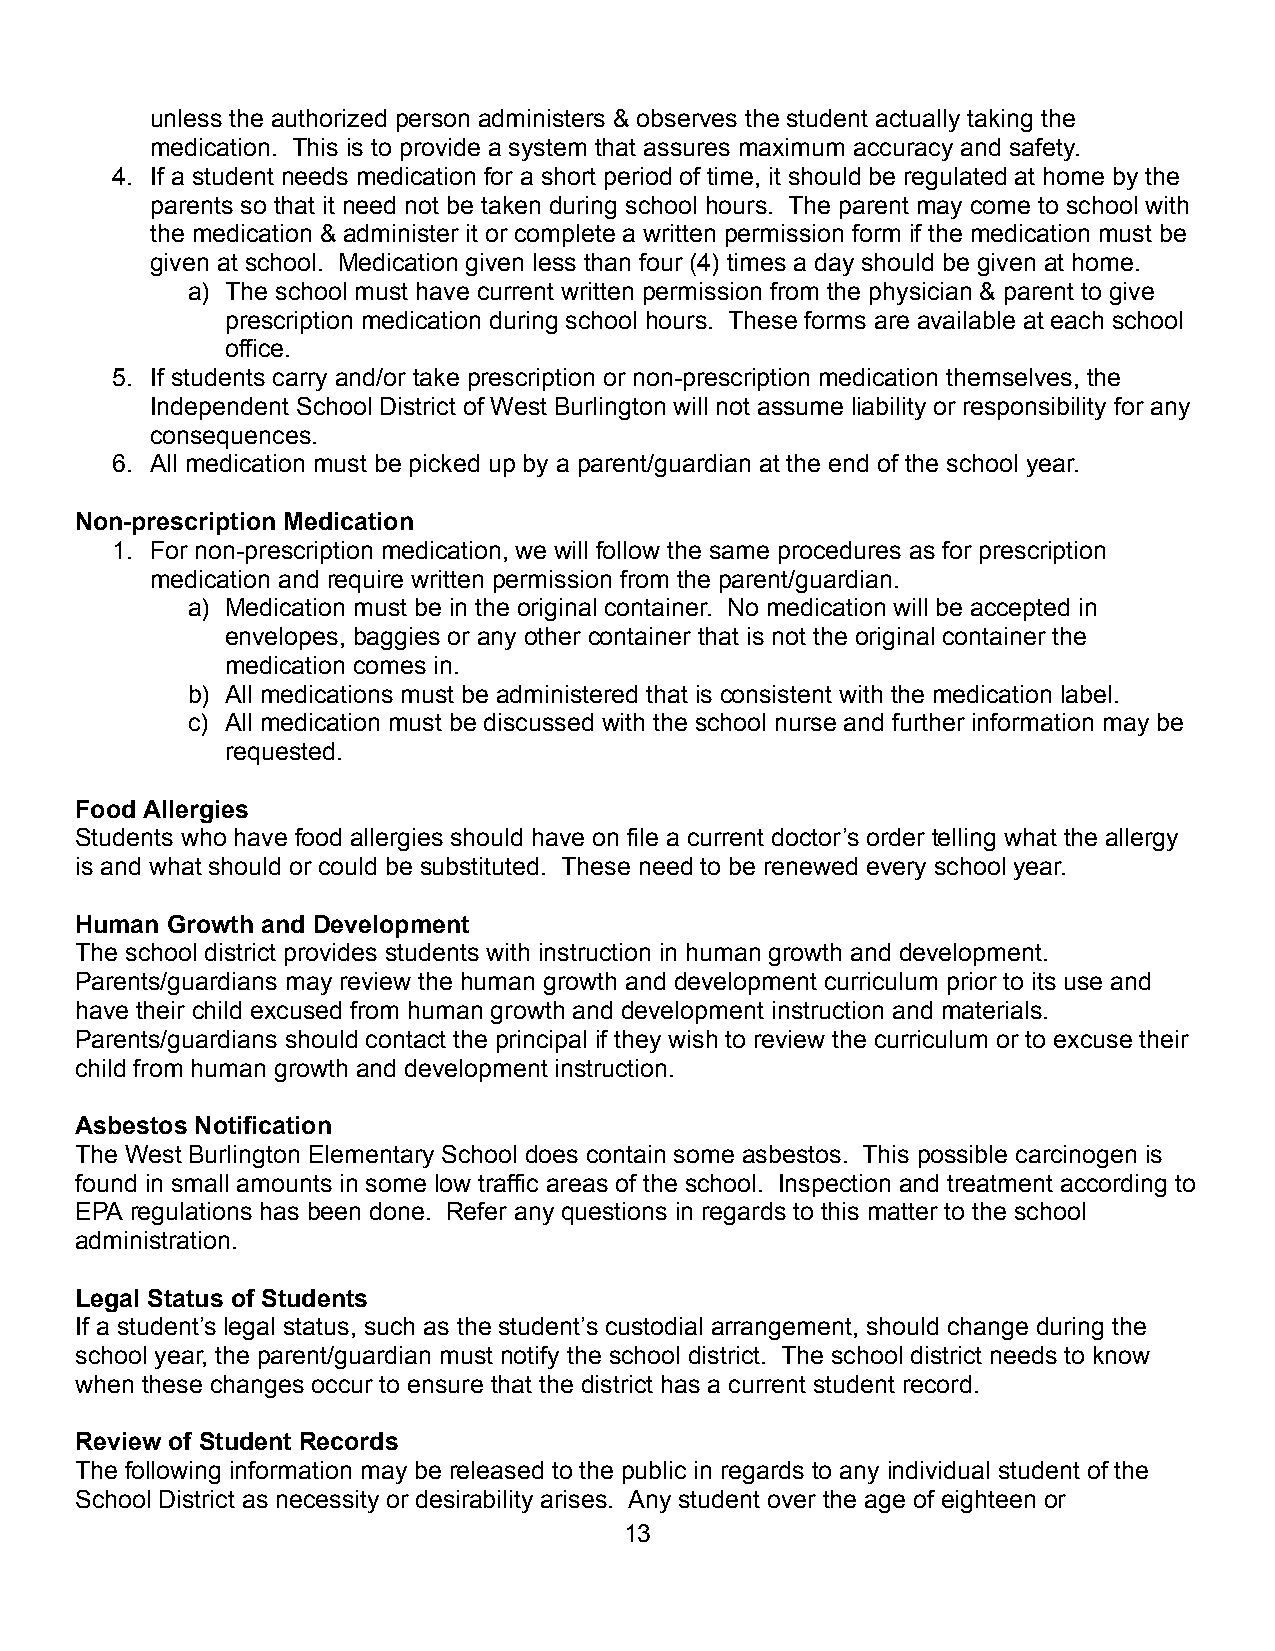
unless the authorized person administers & observes the student actually taking the
 medication. This is to provide a system that assures maximum accuracy and safety.
 4. If a student needs medication for a short period of time, it should be regulated at home by the
 parents so that it need not be taken during school hours. The parent may come to school with
 the medication & administer it or complete a written permission form if the medication must be
 given at school. Medication given less than four (4) times a day should be given at home.
 a) The school must have current written permission from the physician & parent to give
 prescription medication during school hours. These forms are available at each school
 office.
 5. If students carry and/or take prescription or non-prescription medication themselves, the
 Independent School District of West Burlington will not assume liability or responsibility for any
 consequences.
 6. All medication must be picked up by a parent/guardian at the end of the school year.
 Non-prescription Medication
 1. For non-prescription medication, we will follow the same procedures as for prescription
 medication and require written permission from the parent/guardian.
 a) Medication must be in the original container. No medication will be accepted in
 envelopes, baggies or any other container that is not the original container the
 medication comes in.
 b) All medications must be administered that is consistent with the medication label.
 c) All medication must be discussed with the school nurse and further information may be
 requested.
 Food Allergies
 Students who have food allergies should have on file a current doctor’s order telling what the allergy
 is and what should or could be substituted. These need to be renewed every school year.
 Human Growth and Development
 The school district provides students with instruction in human growth and development.
 Parents/guardians may review the human growth and development curriculum prior to its use and
 have their child excused from human growth and development instruction and materials.
 Parents/guardians should contact the principal if they wish to review the curriculum or to excuse their
 child from human growth and development instruction.
 Asbestos Notification
 The West Burlington Elementary School does contain some asbestos. This possible carcinogen is
 found in small amounts in some low traffic areas of the school. Inspection and treatment according to
 EPA regulations has been done. Refer any questions in regards to this matter to the school
 administration.
 Legal Status of Students
 If a student’s legal status, such as the student’s custodial arrangement, should change during the
 school year, the parent/guardian must notify the school district. The school district needs to know
 when these changes occur to ensure that the district has a current student record.
 Review of Student Records
 The following information may be released to the public in regards to any individual student of the
 School District as necessity or desirability arises. Any student over the age of eighteen or
 13